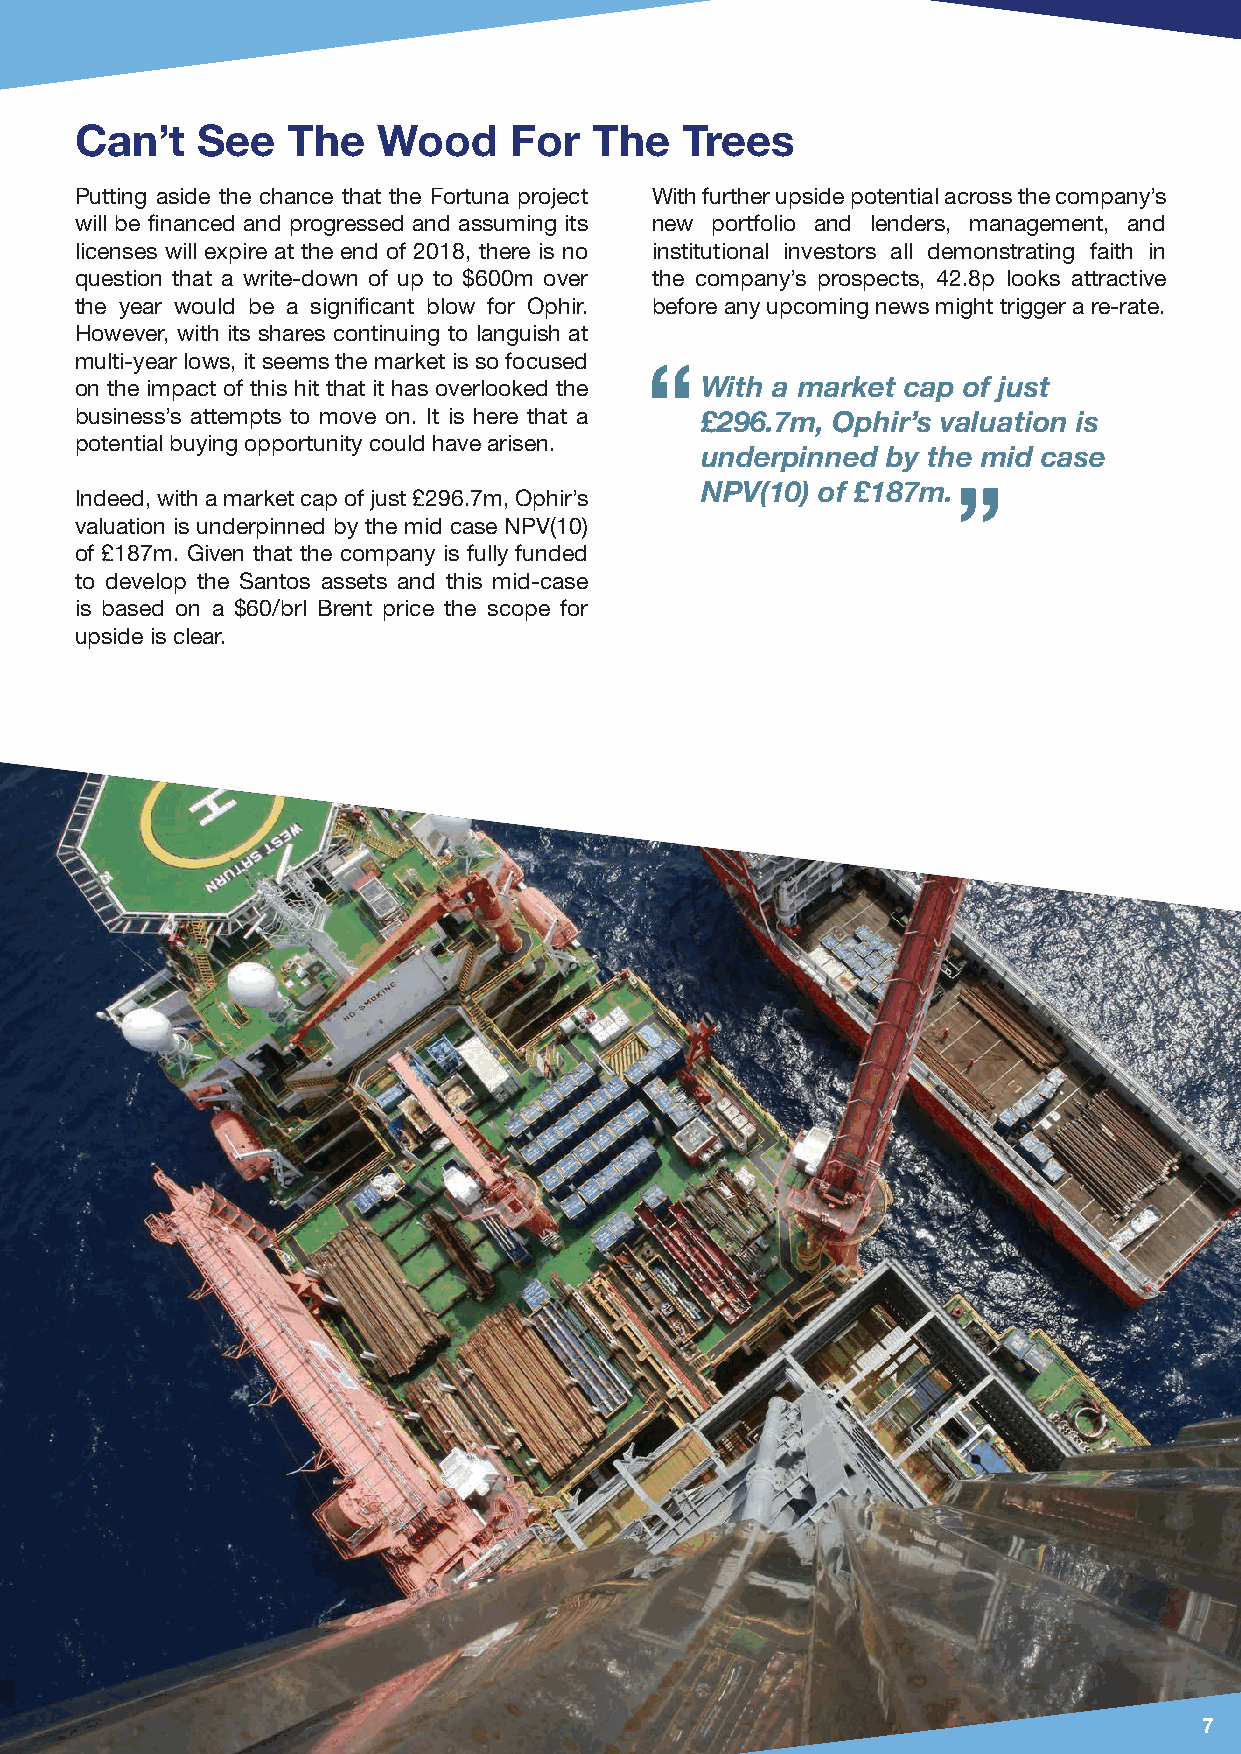
Can’t   See   The   Wood     For  The   Trees
 Putting aside the chance that the Fortuna project With further upside potential across the company’s
 will be financed and progressed and assuming its new portfolio and lenders, management, and
 licenses will expire at the end of 2018, there is no institutional investors all demonstrating faith in
 question that a write-down of up to $600m over the company’s prospects, 42.8p looks attractive
 the year would be a significant blow for Ophir. before any upcoming news might trigger a re-rate.
 However, with its shares continuing to languish at
 multi-year lows, it seems the market is so focused
 “
 on the impact of this hit that it has overlooked the With a market cap of just
 business’s attempts to move on. It is here that a £296.7m, Ophir’s valuation is
 “
 potential buying opportunity could have arisen.
 underpinned  by the mid case
 NPV(10) of £187m.
 Indeed, with a market cap of just £296.7m, Ophir’s
 valuation is underpinned by the mid case NPV(10)
 of £187m. Given that the company is fully funded
 to develop the Santos assets and this mid-case
 is based on a $60/brl Brent price the scope for
 upside is clear.
 7